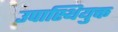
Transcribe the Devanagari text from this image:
उपास्थियुक्त